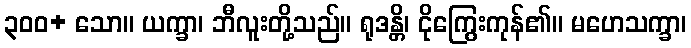
၃၀၀+ သော။ ယက္ခာ၊ ဘီလူးတို့သည်။ ရုဒန္တိ၊ ငိုကြွေးကုန်၏။ မဟေသက္ခာ၊